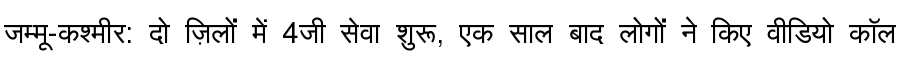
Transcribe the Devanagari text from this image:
जम्मू-कश्मीर: दो ज़िलों में 4जी सेवा शुरू, एक साल बाद लोगों ने किए वीडियो कॉल